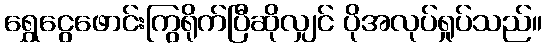
ရွှေငွေဖောင်းကြွရိုက်ပြီဆိုလျှင် ပိုအလုပ်ရှုပ်သည်။